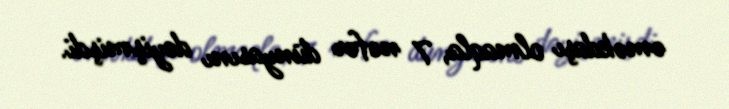
əməkdaşı olmaqla, 7 nəfər dünyasını dəyişmişdi.